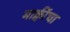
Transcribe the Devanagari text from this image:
माक्वींचा